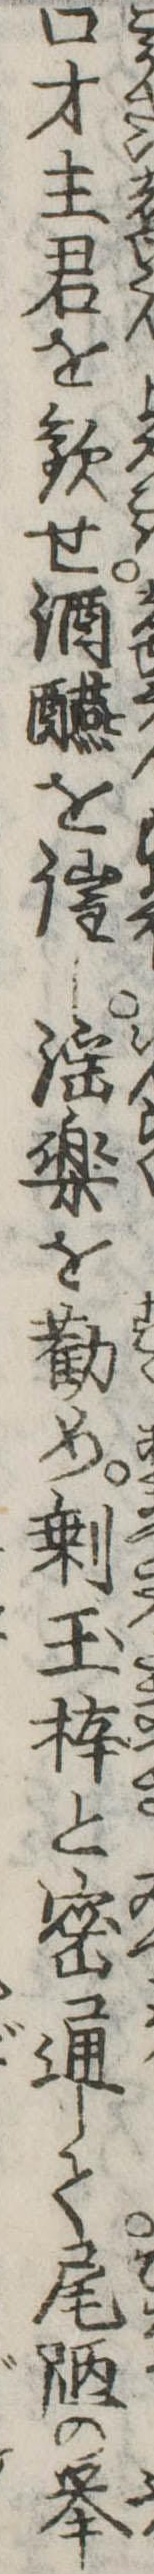
口才主君を歓せ酒醼を催し淫楽を勧め剰玉梓と密通して尾陋の挙